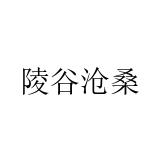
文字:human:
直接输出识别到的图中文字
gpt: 陵谷沧桑